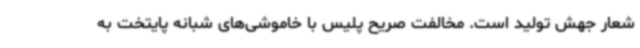
شعار جهش تولید است. مخالفت صریح پلیس با خاموشی‌های شبانه پایتخت به